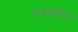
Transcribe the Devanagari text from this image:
सबकॉर्डेटा